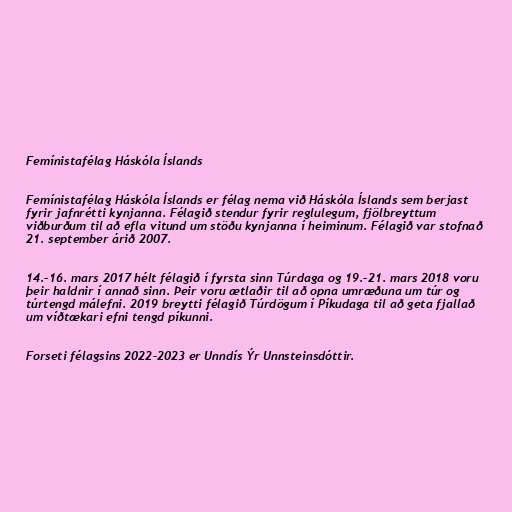
Femínistafélag Háskóla Íslands

Femínistafélag Háskóla Íslands er félag nema við Háskóla Íslands sem berjast
fyrir jafnrétti kynjanna. Félagið stendur fyrir reglulegum, fjölbreyttum
viðburðum til að efla vitund um stöðu kynjanna í heiminum. Félagið var stofnað
21. september árið 2007.

14.–16. mars 2017 hélt félagið í fyrsta sinn Túrdaga og 19.–21. mars 2018 voru
þeir haldnir í annað sinn. Þeir voru ætlaðir til að opna umræðuna um túr og
túrtengd málefni. 2019 breytti félagið Túrdögum í Píkudaga til að geta fjallað
um víðtækari efni tengd píkunni.

Forseti félagsins 2022–2023 er Unndís Ýr Unnsteinsdóttir.